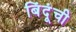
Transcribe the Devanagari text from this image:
बिंदूंची